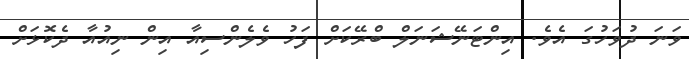
ވަނަ ދުވަހުގަ އެވެ. އިންޓަނޭޝަނަލް ބްރޭކަށް ފަހު ވެލެންސިއާ އިން ނިއުއާ ދެކޮޅަށް